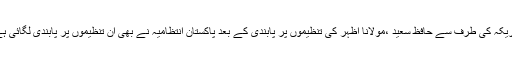
امریکہ کی طرف سے حافظ سعید ،مولانا اظہر کی تنظیموں پر پابندی کے بعد پاکستان انتظامیہ نے بھی ان تنظیموں پر پابندی لگائی ہے۔